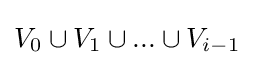
V_{0}\cup V_{1}\cup ...\cup V_{i-1}